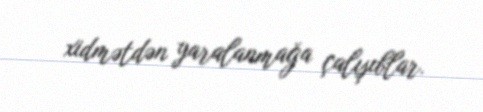
xidmətdən yaralanmağa çalışıblar.